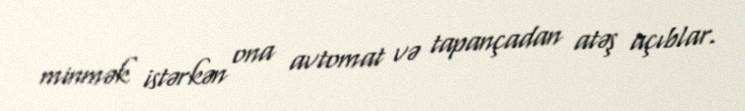
minmək istərkən ona avtomat və tapançadan atəş açıblar.